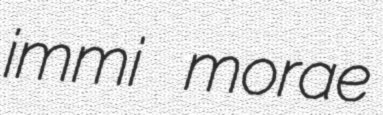
immi morae